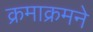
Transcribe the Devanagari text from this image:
क्रमाक्रमने